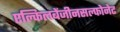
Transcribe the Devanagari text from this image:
एल्किलबेंजीनसल्फोनेट